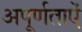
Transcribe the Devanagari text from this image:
अपूर्णताऐं